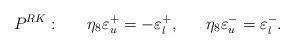
LaTeX: \begin{align*}P^{RK}: \ \ \ \ \ \eta_8 \varepsilon^+_u = - \varepsilon^+_l, \ \ \ \ \ \eta_8 \varepsilon^-_u = \varepsilon^-_l .\end{align*}